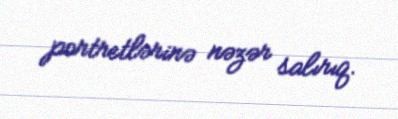
portretlərinə nəzər salırıq.